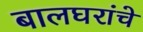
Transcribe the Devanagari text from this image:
बालघरांचे